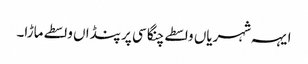
ایہہ شہریاں واسطے چنگا سی پر پنڈاں واسطے ماڑا۔